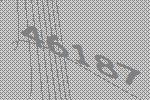
46187